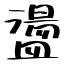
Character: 盪